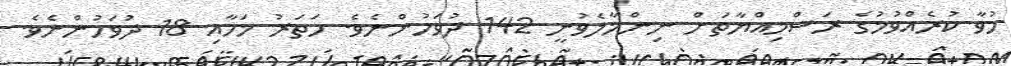
ހުވާ ކުރެއްވުމުގެ ރަސްމިއްޔާތަށް ނިންމާލެވުނީ 142 ދުވަހުންނެވެ. ހަތަރު މަހާއި 18 ދުވަހުންނެވެ.